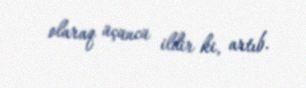
olaraq üçüncü ildir ki, artıb.